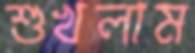
শুখলাম